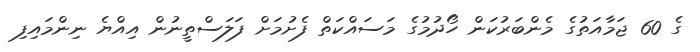
ގެ 60 ޖަމާއަތުގެ މެންބަރުކަން ހޯދުމުގެ މަސައްކަތް ފެށުމަށް ފަލަސްތީނުން އިއްޔެ ނިންމައިފި